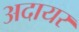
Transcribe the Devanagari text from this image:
अदायर